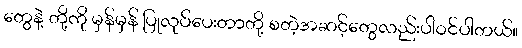
တွေနဲ့ တို့ကို မှန်မှန် ပြုလုပ်ပေးတာတို့ စတဲ့အဆင့်တွေလည်းပါဝင်ပါတယ်။